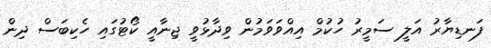
ފަނޑިޔާރު އަލީ ސަމީރު ހުކުމް އިއްވަވަމުން ވިދާޅުވީ ޖިނާއީ ކޯޓުގައި ހެކިބަސް ދިން